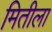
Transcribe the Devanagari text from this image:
मितीला